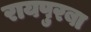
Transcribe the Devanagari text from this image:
रायपुरबा